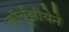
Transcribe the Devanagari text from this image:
कॉर्बूझीयेने